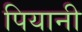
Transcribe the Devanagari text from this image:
पियानी